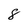
Character: 8